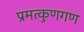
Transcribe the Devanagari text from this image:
प्रमत्कुणगण